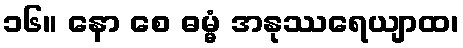
၁၆။ နော စေ ဓမ္မံ အနုဿရေယျာထ၊